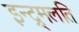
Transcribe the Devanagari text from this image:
इन्द्र्मलति